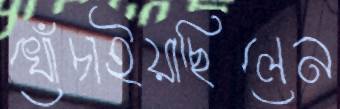
খোঁচাইয়াছিলেন